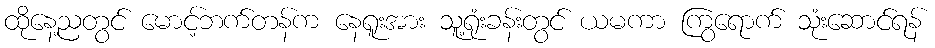
ထိုနေ့ညတွင် မောင့်ဘက်တန်က နေရူးအား သူ့ရုံးခန်းတွင် ယမကာ ကြွရောက် သုံးဆောင်ရန်